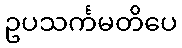
ဥပသင်္ကမတိပေ